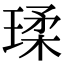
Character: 瑈